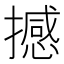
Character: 撼